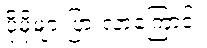
ပိုမိုများပြားလာကြောင်း